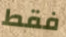
فقط